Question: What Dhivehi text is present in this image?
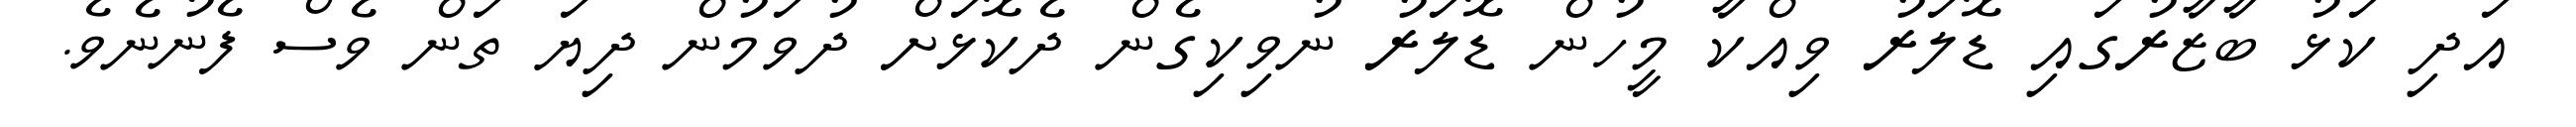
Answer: އަދި ކަޅު ބާޒާރުގައި ޑޮލަރު ވިއްކާ މީހުން ޑޮލަރު ނުވިކިގެން ދެކޮޅަށް ދުވަމުން ދިޔަ ތަން ވެސް ފެނުނެވެ.